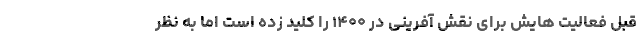
قبل فعالیت هایش برای نقش آفرینی در ۱۴۰۰ را کلید زده است اما به نظر